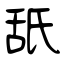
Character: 舐